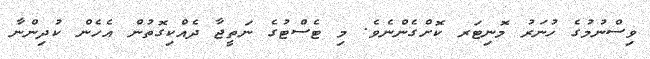
ވިސްނުމުގެ ހުނަރު މޮނިޓަރ ކޮށްގެންނެވެ. މި ޓެސްޓުގެ ނަތީޖާ ދެއްކިގޮތުން އެހެން ކުދިންނާ